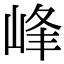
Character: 峰